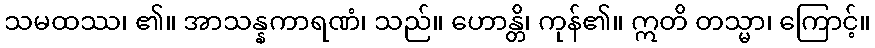
သမထဿ၊ ၏။ အာသန္နကာရဏံ၊ သည်။ ဟောန္တိ၊ ကုန်၏။ ဣတိ တသ္မာ၊ ကြောင့်။